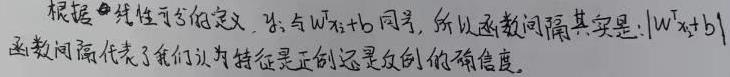
根据线性可分的定义，$y_i$ 与 $W^Tx_i + b$ 同号，所以函数间隔其实是：$|W^Tx_i + b|$。函数间隔代表了我们认为特征是正例还是反例的确信度。